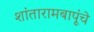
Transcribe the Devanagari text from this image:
शांतारामबापूंचे